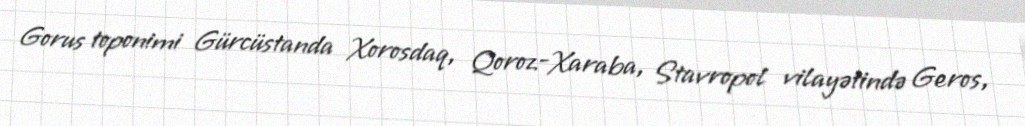
Gorus toponimi Gürcüstanda Xorosdaq, Qoroz-Xaraba, Stavropol vilayətində Geros,